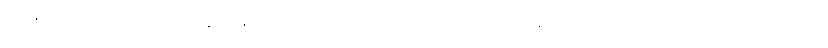
စပါးအုံးမြွေတွေဟာ ထိန်းမနိုင်လောက်အောင် မျိုးပွားလွန်လာနေတဲ့ မျိုးစိတ်တစ်ခု ဖြစ်တဲ့အတွက်